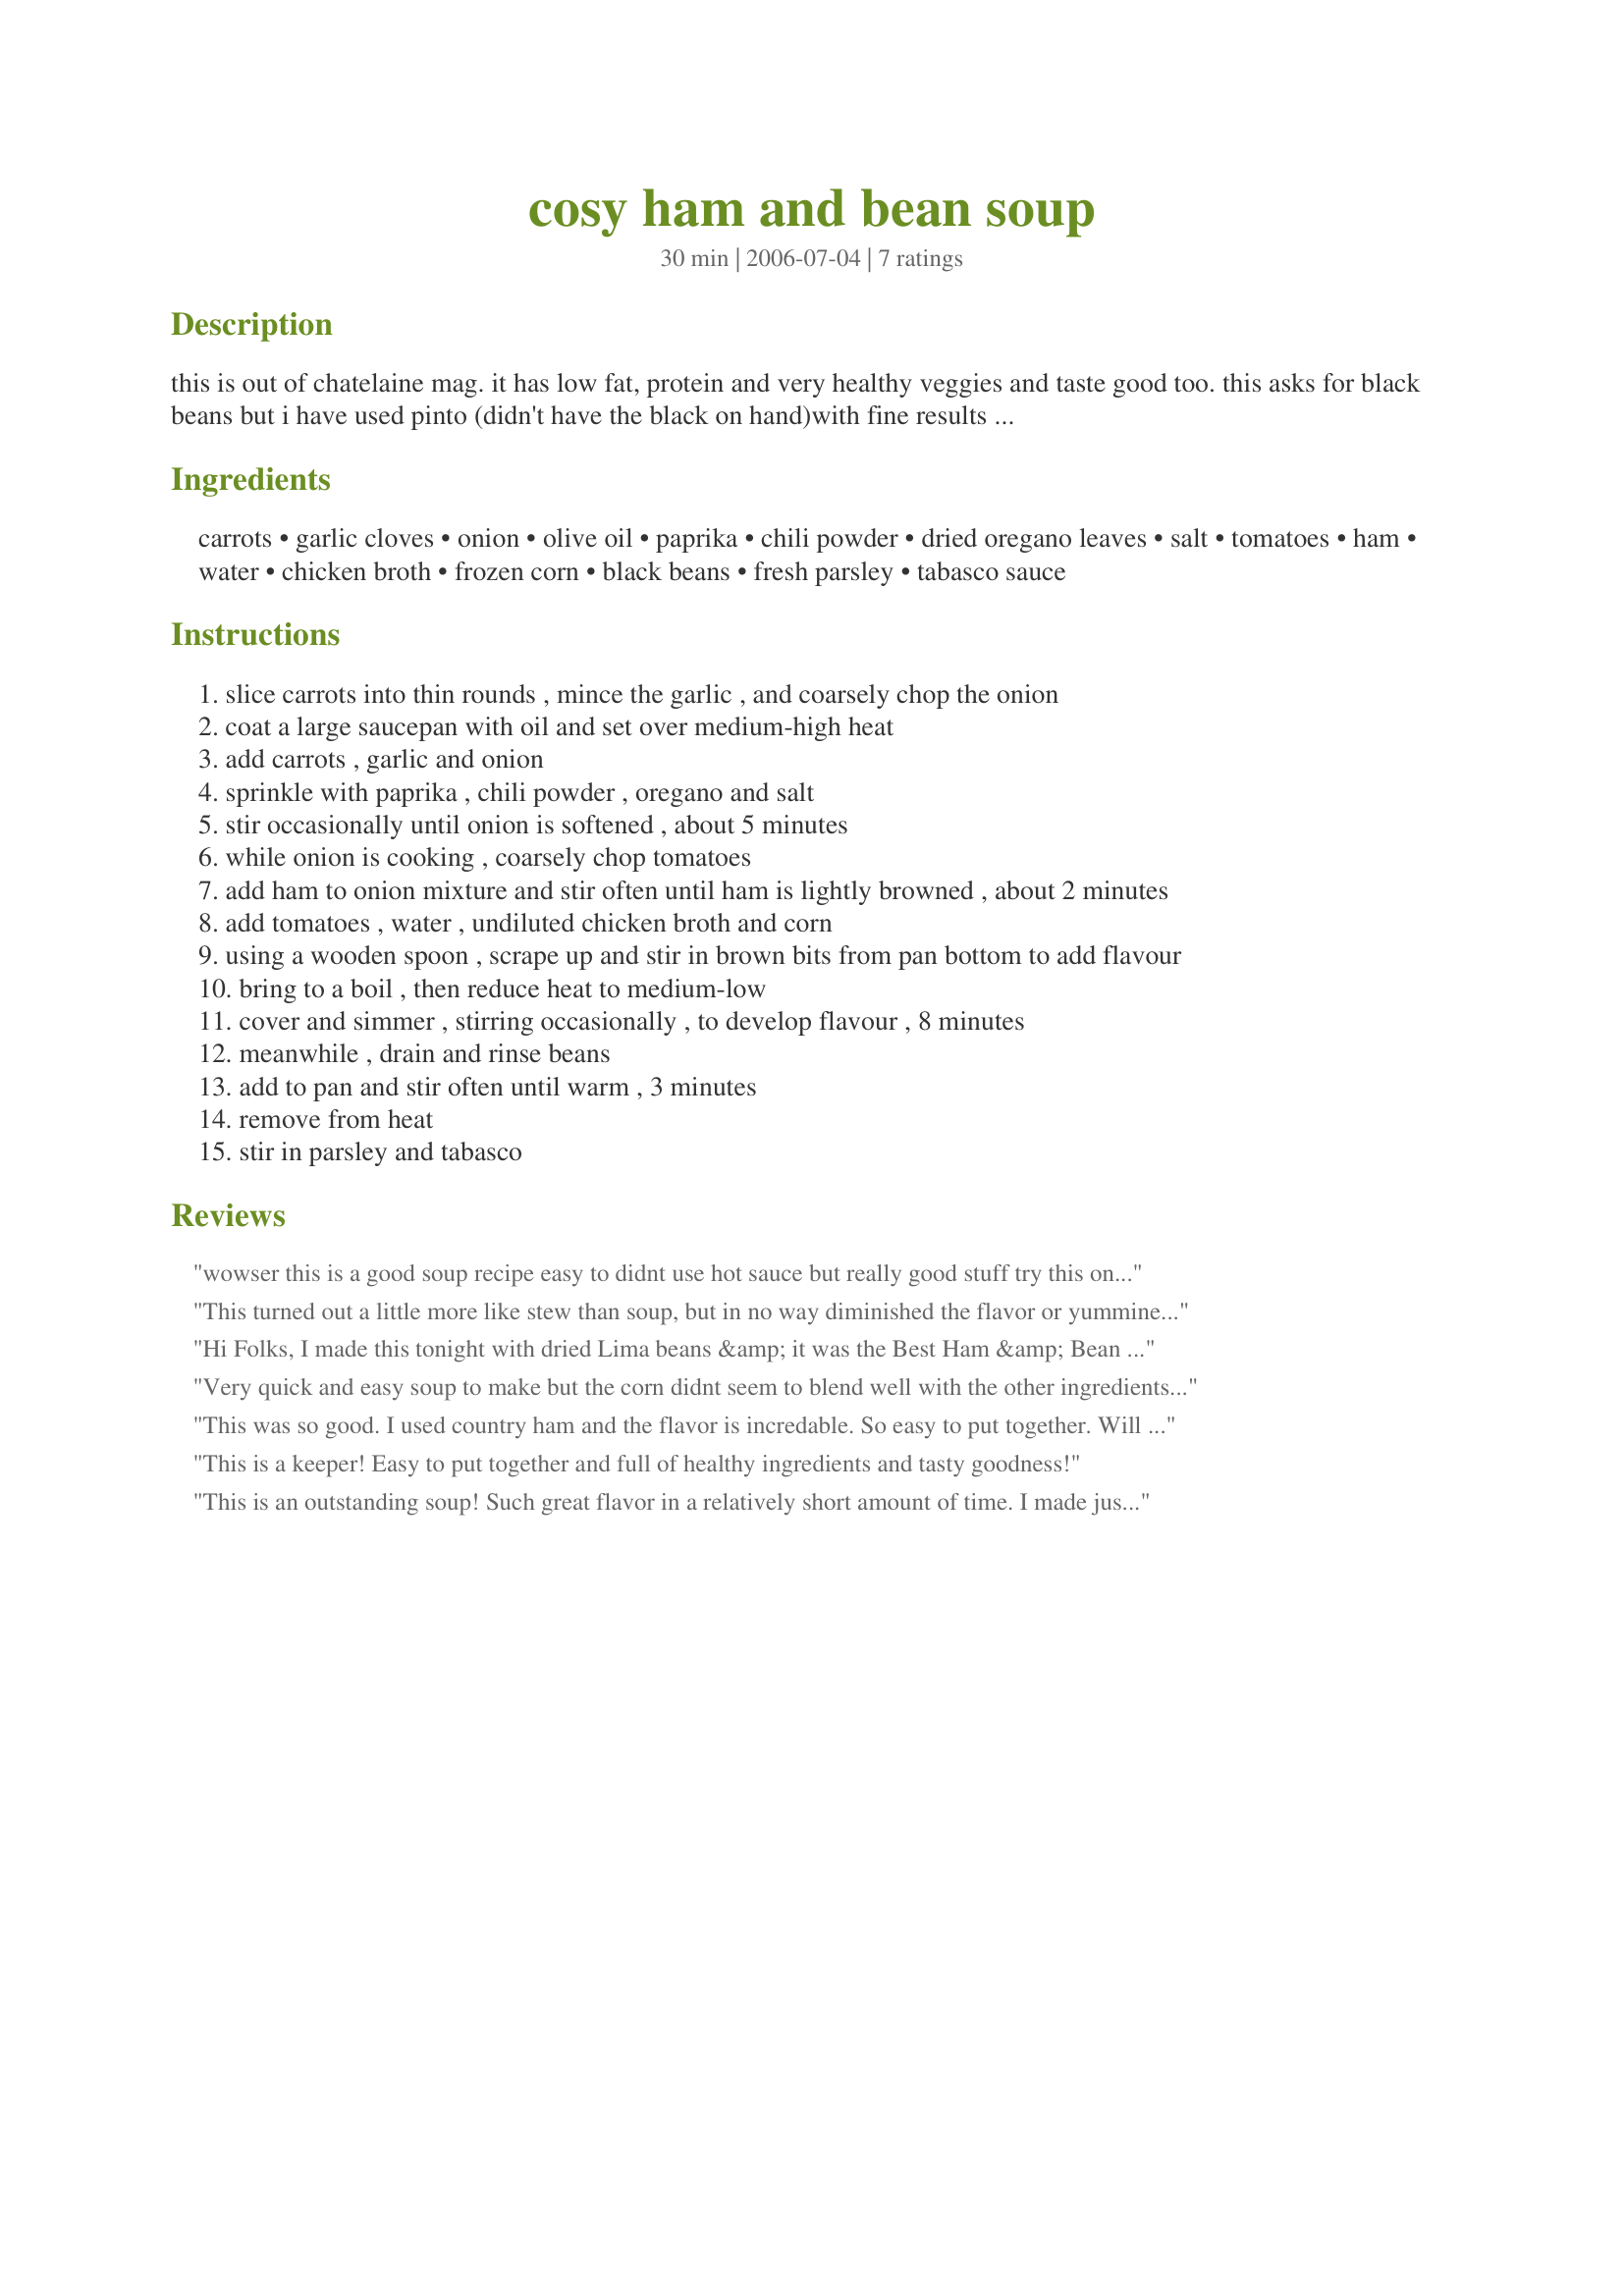
cosy ham and bean soup
Preparation time: 30 minutes

this is out of chatelaine mag. it has low fat, protein and very healthy veggies and taste good too. this asks for black beans but i have used pinto (didn't have the black on hand)with fine results so i would say to use the beans you like the best. for zwt this is in the spanish devision because of the olive oil, garlic and tomato. this was a combo that my dad loved and used often, he was a grand son of spain who was born in andalusia shortly before my grand parents moved to the u.s.

Ingredients:
carrots, garlic cloves, onion, olive oil, paprika, chili powder, dried oregano leaves, salt, tomatoes, ham, water, chicken broth, frozen corn, black beans, fresh parsley, tabasco sauce

Steps:
slice carrots into thin rounds , mince the garlic , and coarsely chop the onion
coat a large saucepan with oil and set over medium-high heat
add carrots , garlic and onion
sprinkle with paprika , chili powder , oregano and salt
stir occasionally until onion is softened , about 5 minutes
while onion is cooking , coarsely chop tomatoes
add ham to onion mixture and stir often until ham is lightly browned , about 2 minutes
add tomatoes , water , undiluted chicken broth and corn
using a wooden spoon , scrape up and stir in brown bits from pan bottom to add flavour
bring to a boil , then reduce heat to medium-low
cover and simmer , stirring occasionally , to develop flavour , 8 minutes
meanwhile , drain and rinse beans
add to pan and stir often until warm , 3 minutes
remove from heat
stir in parsley and tabasco

Reviews:
wowser this is a good soup recipe easy to didnt use hot sauce but really good stuff try this one made for best of 2012
This turned out a little more like stew than soup, but in no way diminished the flavor or yumminess :) of the dish. I chopped the carrots and garlic in the mini chopper. I cut the powdered oregano to 1/2 tsp, used one can tomatoes (fresh is best), used garbanzo beans and did not use the Tabasco. Very quickly put together and tasted great.
Hi Folks, I made this tonight with dried Lima beans &amp; it was the Best Ham &amp; Bean Soup , ever...Delish. Who knew, to add some spicy spices would make a dull bland soup pop ??? I made no adjustments , just right . I have saved to my recipe box &amp; will make again ...Thank You !
Very quick and easy soup to make but the corn didnt seem to blend well with the other ingredients for us. I used a package of precooked petite diced ham and 2 cups of additional chicken broth instead of the water. We dont care for black beans so I used navy beans and did omit the tabasco sauce. I think this could be a versatile soup recipe and will have richer flavors after being refrigerated overnight.
This was so good. I used country ham and the flavor is incredable. So easy to put together. Will make again. Made for Photo Tag.
This is a keeper! Easy to put together and full of healthy ingredients and tasty goodness!
This is an outstanding soup! Such great flavor in a relatively short amount of time. I made just as directed (ok maybe used a bit more Tabasco 'cause we love the stuff!) and would not change a thing. Hearty and flavorful - loved it - thanks for sharing the recipe!
